65_HS1-834228961_62-HQ-83894_Section_5
Agency: FBI
Page 56
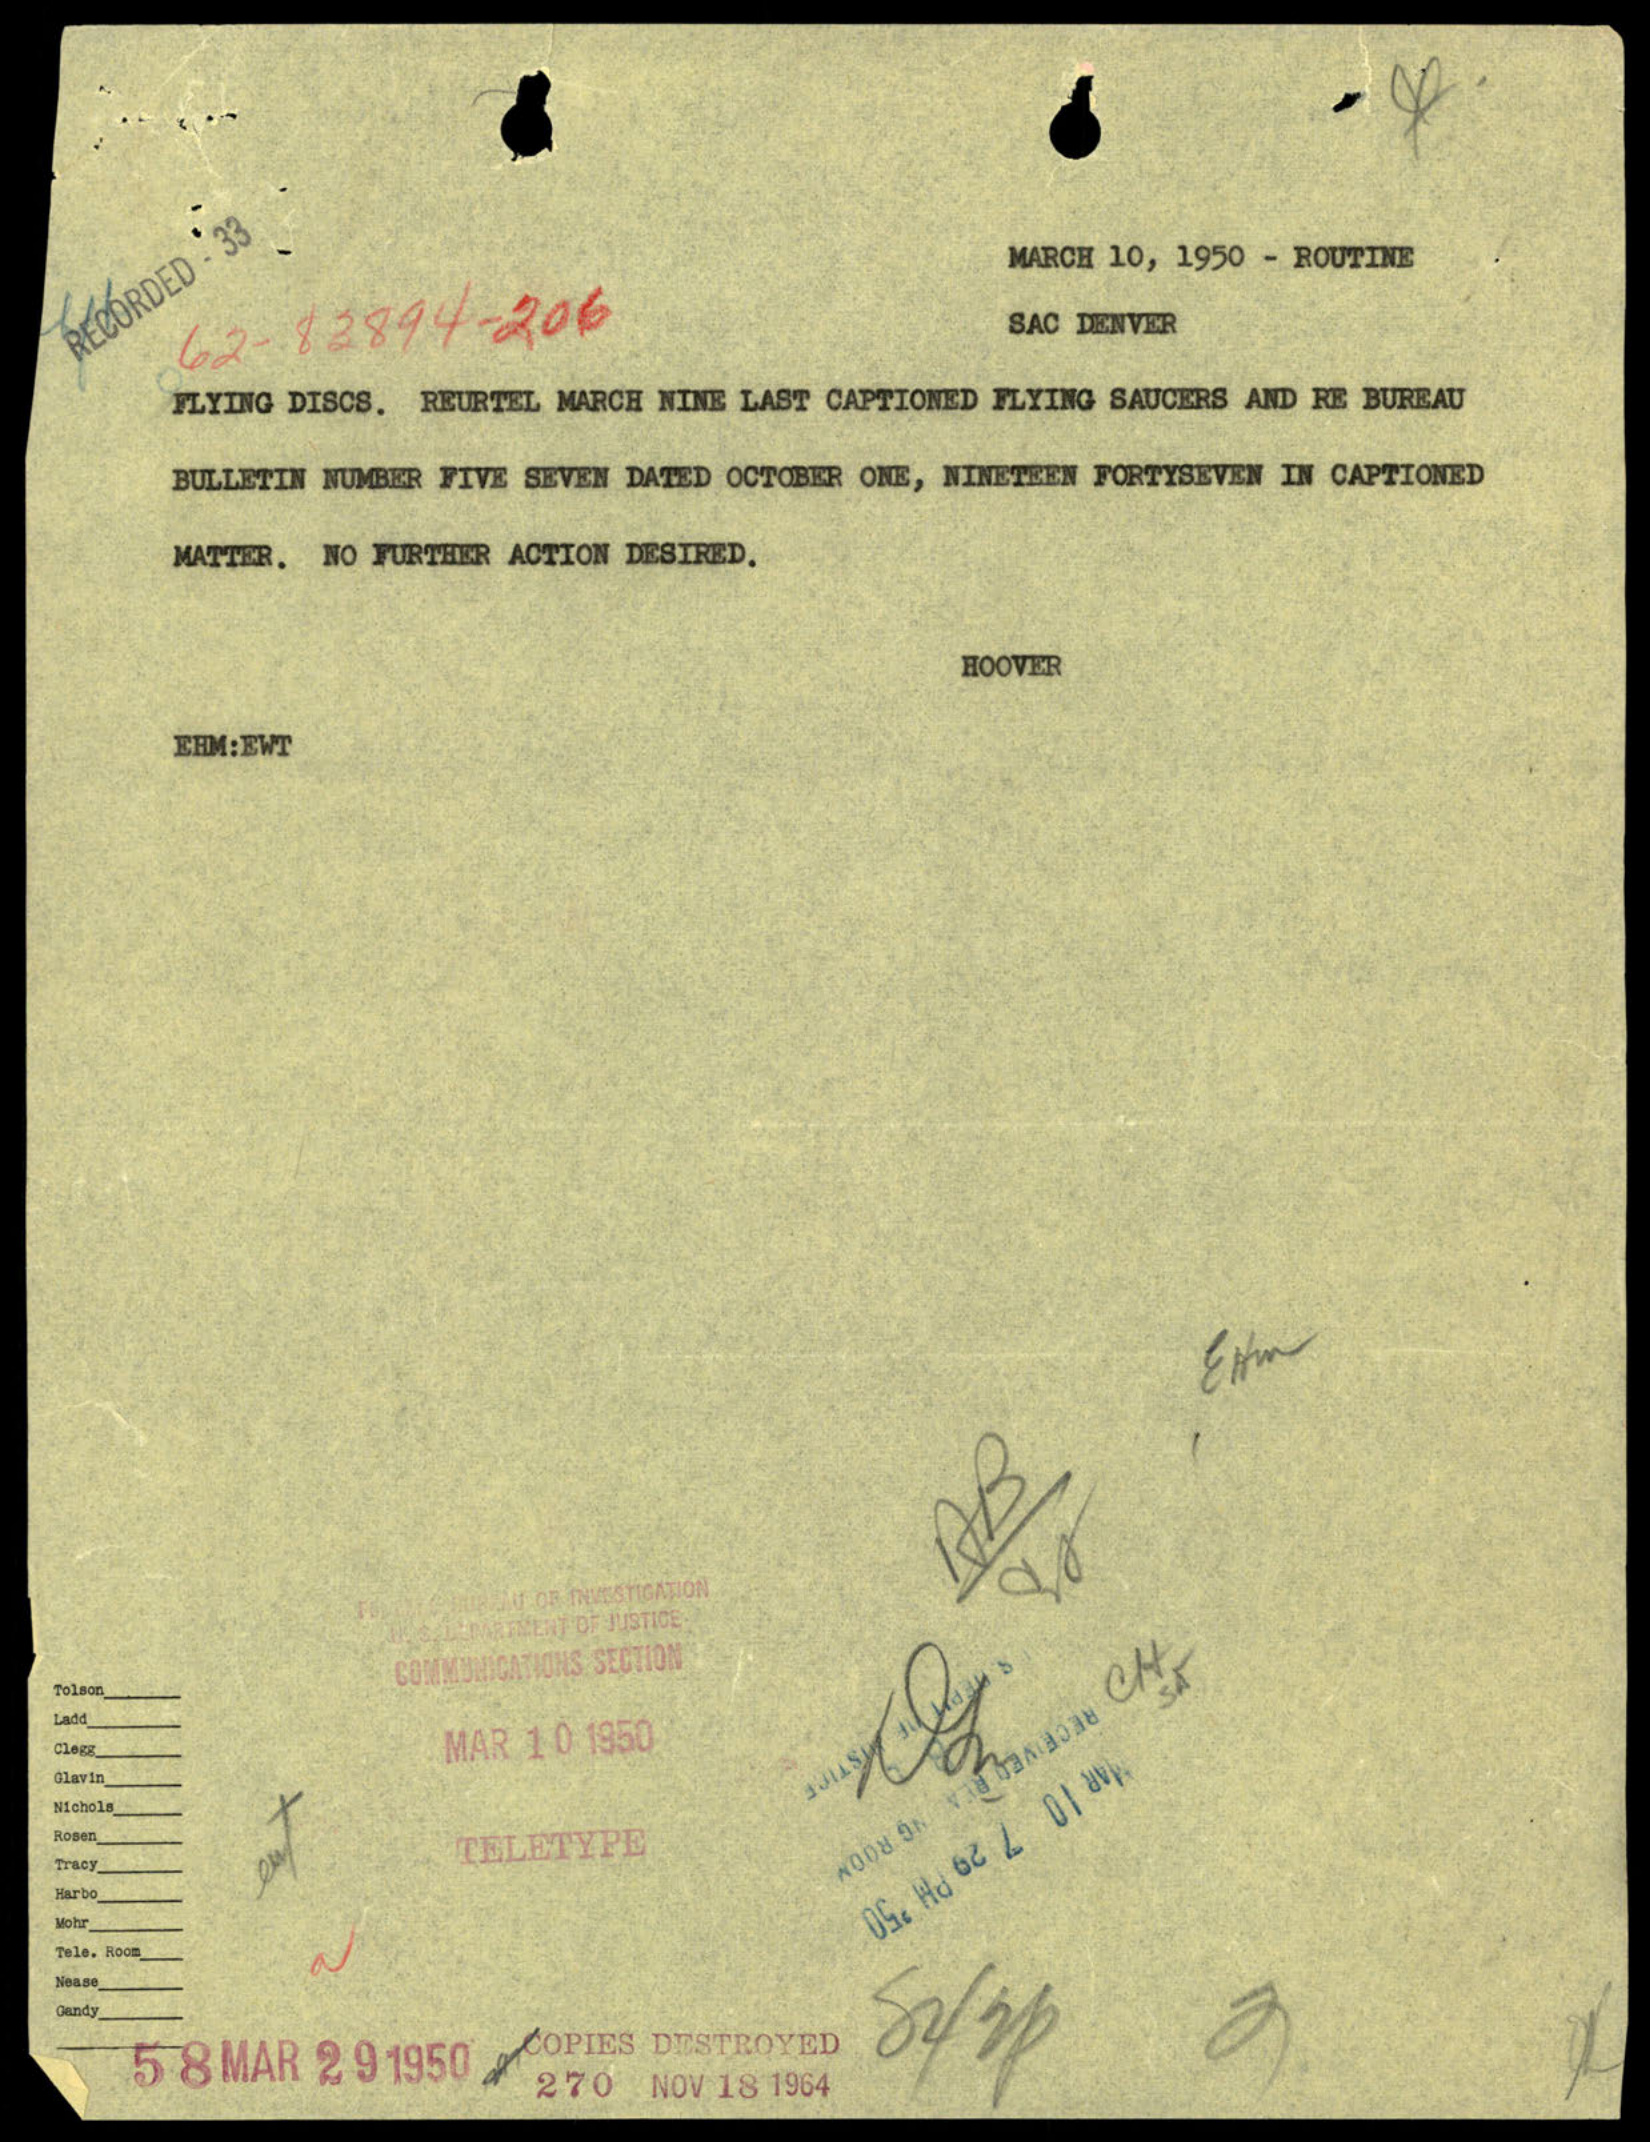